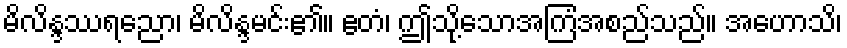
မိလိန္ဒဿရညော၊ မိလိန္ဒမင်း၏။ ဧတံ၊ ဤသို့သောအကြံအစည်သည်။ အဟောသိ၊